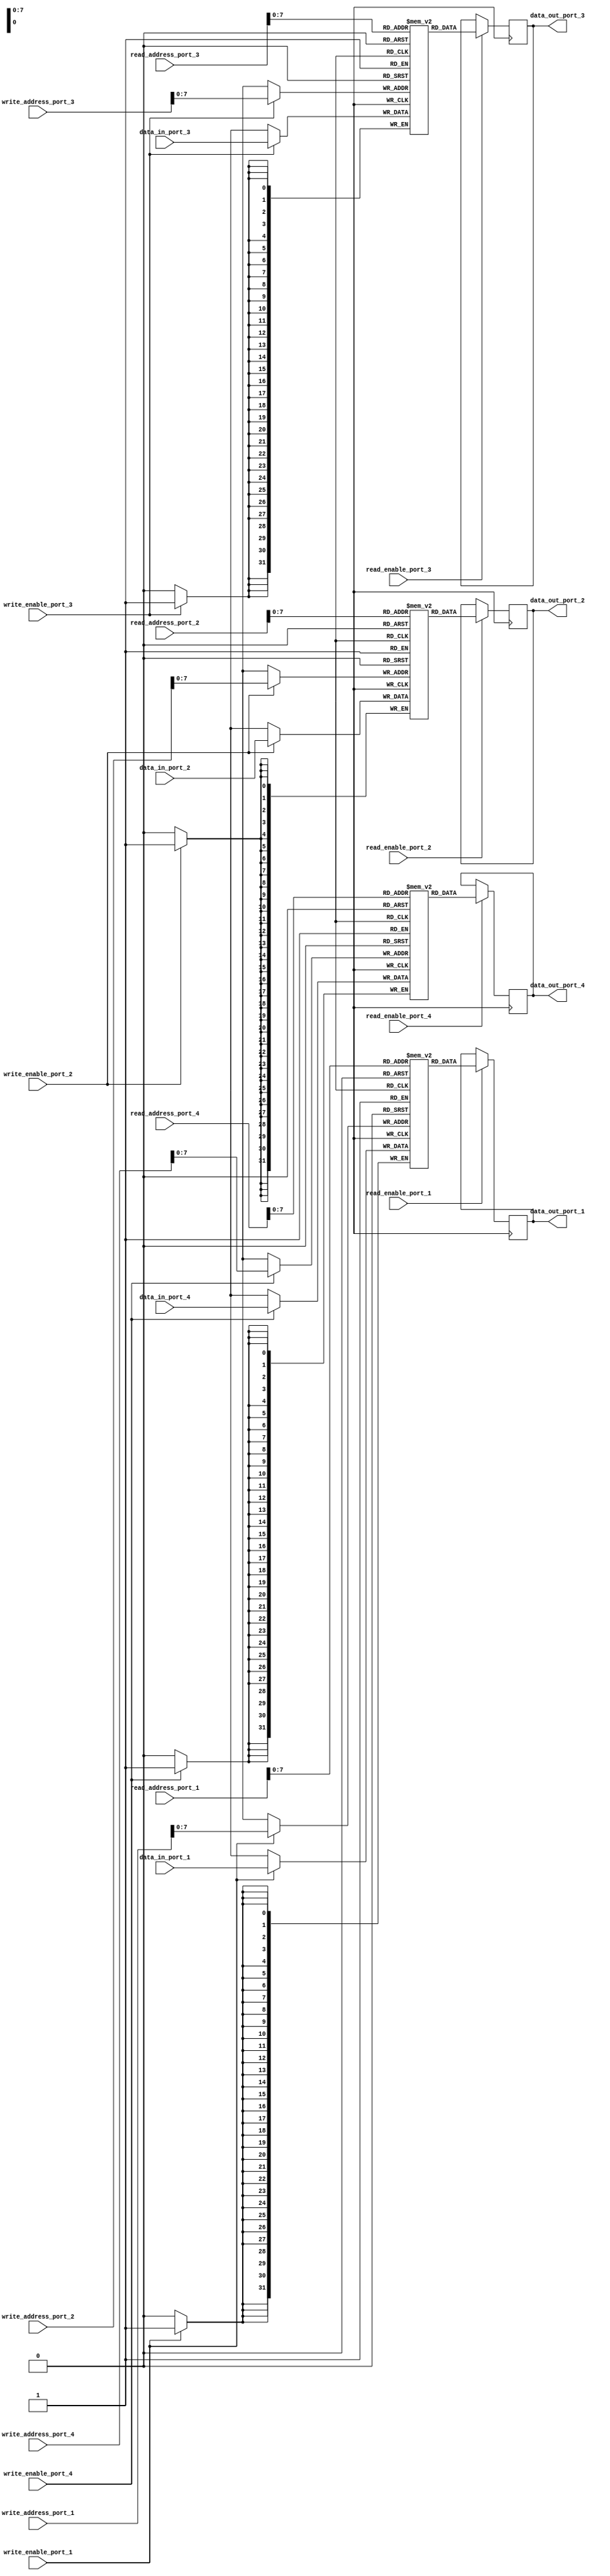
module memory_blocks_quad_port_register_file (
    input [31:0] read_address_port_1,
    input [31:0] write_address_port_1,
    input [31:0] data_in_port_1,
    input read_enable_port_1,
    input write_enable_port_1,
    output reg [31:0] data_out_port_1,
    
    input [31:0] read_address_port_2,
    input [31:0] write_address_port_2,
    input [31:0] data_in_port_2,
    input read_enable_port_2,
    input write_enable_port_2,
    output reg [31:0] data_out_port_2,
    
    input [31:0] read_address_port_3,
    input [31:0] write_address_port_3,
    input [31:0] data_in_port_3,
    input read_enable_port_3,
    input write_enable_port_3,
    output reg [31:0] data_out_port_3,
    
    input [31:0] read_address_port_4,
    input [31:0] write_address_port_4,
    input [31:0] data_in_port_4,
    input read_enable_port_4,
    input write_enable_port_4,
    output reg [31:0] data_out_port_4
);

reg [31:0] mem_block_1 [0:255];
reg [31:0] mem_block_2 [0:255];
reg [31:0] mem_block_3 [0:255];
reg [31:0] mem_block_4 [0:255];

always @ (posedge clk) begin
    if (read_enable_port_1) begin
        data_out_port_1 <= mem_block_1[read_address_port_1];
    end
    if (write_enable_port_1) begin
        mem_block_1[write_address_port_1] <= data_in_port_1;
    end
    
    if (read_enable_port_2) begin
        data_out_port_2 <= mem_block_2[read_address_port_2];
    end
    if (write_enable_port_2) begin
        mem_block_2[write_address_port_2] <= data_in_port_2;
    end
    
    if (read_enable_port_3) begin
        data_out_port_3 <= mem_block_3[read_address_port_3];
    end
    if (write_enable_port_3) begin
        mem_block_3[write_address_port_3] <= data_in_port_3;
    end
    
    if (read_enable_port_4) begin
        data_out_port_4 <= mem_block_4[read_address_port_4];
    end
    if (write_enable_port_4) begin
        mem_block_4[write_address_port_4] <= data_in_port_4;
    end
end

endmodule